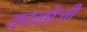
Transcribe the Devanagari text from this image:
कानोजी